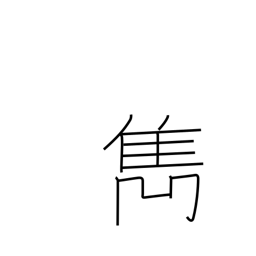
Meaning: excel